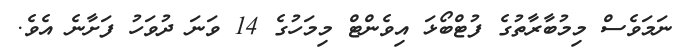
ނަމަވެސް މިމުބާރާތުގެ ފުޓްބޯޅަ އިވެންޓް މިމަހުގެ 14 ވަނަ ދުވަހު ފަށާނެ އެވެ.